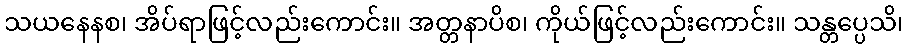
သယနေနစ၊ အိပ်ရာဖြင့်လည်းကောင်း။ အတ္တနာပိစ၊ ကိုယ်ဖြင့်လည်းကောင်း။ သန္တပ္ပေသိ၊